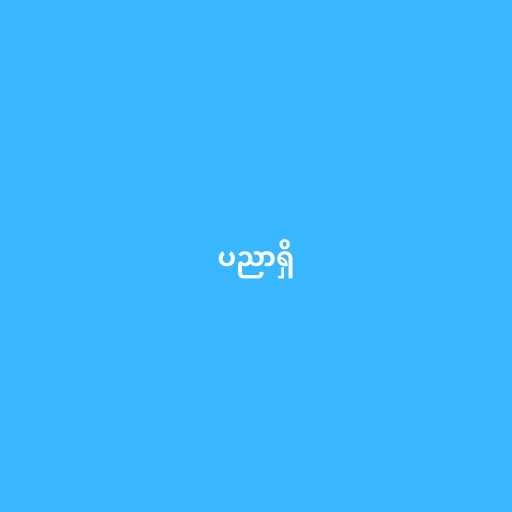
ပညာရှိ